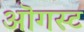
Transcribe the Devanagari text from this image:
ऒगस्ट